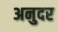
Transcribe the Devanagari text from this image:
अनुदर